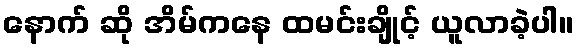
နောက် ဆို အိမ်ကနေ ထမင်းချိုင့် ယူလာခဲ့ပါ။